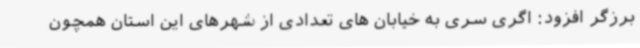
برزگر افزود: اگری سری به خیابان های تعدادی از شهرهای این استان همچون